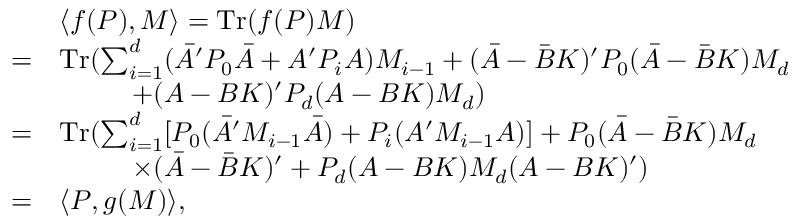
\begin{array} { r l } & { \langle f ( P ) , M \rangle = \mathrm { T r } ( f ( P ) M ) } \\ { = } & { \mathrm { T r } ( \sum _ { i = 1 } ^ { d } ( \bar { A } ^ { \prime } P _ { 0 } \bar { A } + A ^ { \prime } P _ { i } A ) M _ { i - 1 } + ( \bar { A } - \bar { B } K ) ^ { \prime } P _ { 0 } ( \bar { A } - \bar { B } K ) M _ { d } } \\ & { ~ ~ ~ ~ ~ ~ ~ ~ + ( A - B K ) ^ { \prime } P _ { d } ( A - B K ) M _ { d } ) } \\ { = } & { \mathrm { T r } ( \sum _ { i = 1 } ^ { d } [ P _ { 0 } ( \bar { A } ^ { \prime } M _ { i - 1 } \bar { A } ) + P _ { i } ( A ^ { \prime } M _ { i - 1 } A ) ] + P _ { 0 } ( \bar { A } - \bar { B } K ) M _ { d } } \\ & { ~ ~ ~ ~ ~ ~ ~ ~ \times ( \bar { A } - \bar { B } K ) ^ { \prime } + P _ { d } ( A - B K ) M _ { d } ( A - B K ) ^ { \prime } ) } \\ { = } & { \langle P , g ( M ) \rangle , } \end{array}